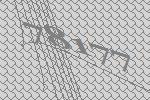
78177